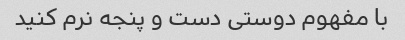
با مفهوم دوستی دست و پنجه نرم کنید